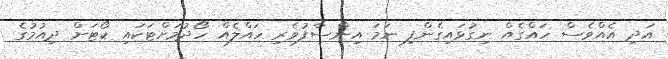
އަދި އެއްވެސް ހައްގެއް ނިގުޅައިގެންފި ނަމަ އިންސާފުވެރި ހައްލެއް ހޯދުމަށްޓަކައި ކޯޓަށް ދިއުމުގެ